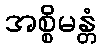
အစ္စိမန္တံ